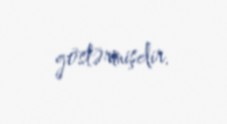
göstərmişdir.